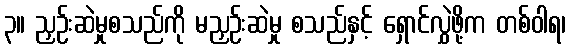
၃။ ညှဉ်းဆဲမှုစသည်ကို မညှဉ်းဆဲမှု စသည်နှင့် ရှောင်လွှဲဖို့က တစ်ဝါရ၊